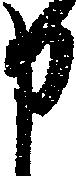
申